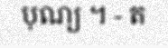
បុណ្យ ។ - ត